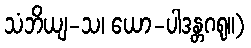
သံဘိယျ-သ၊ ယော-ပါဒန္တဂရု။)